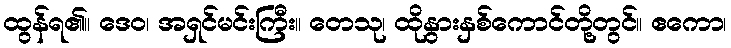
ထွန်ရ၏။ ဒေဝ၊ အရှင်မင်းကြီး။ တေသု၊ ထိုနွားနှစ်ကောင်တို့တွင်။ ဧကော၊